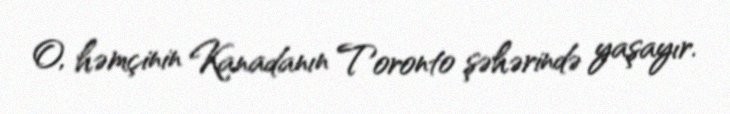
O, həmçinin Kanadanın Toronto şəhərində yaşayır.